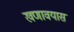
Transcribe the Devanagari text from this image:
खणावयास